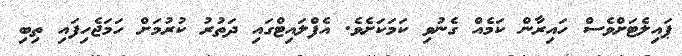
ޕައިލެޓަށްވެސް ހައިރާން ކަމެއް ގެނުވި ކަމަކަށެވެ. އެފްލައިޓްގައި ދަތުރު ކުރުމަށް ހަމަޖެހިފައި ތިބި